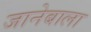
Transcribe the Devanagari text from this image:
जानेबाला